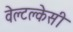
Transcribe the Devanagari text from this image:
वेल्टक्लेसी